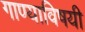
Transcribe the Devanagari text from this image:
गाण्याविषयी